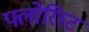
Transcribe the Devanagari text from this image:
फ्लोरिस्ट